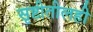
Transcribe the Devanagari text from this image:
सृष्टीतीलही